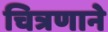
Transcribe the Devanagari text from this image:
चित्रणाने